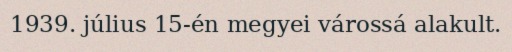
1939. július 15-én megyei várossá alakult.